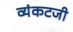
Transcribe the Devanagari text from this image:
व्यंकटजी